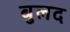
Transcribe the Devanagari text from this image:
बुलद